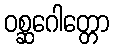
ဝစ္ဆဂေါတ္တော